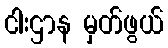
ငါးဌာန မှတ်ဖွယ်